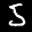
Label: 5